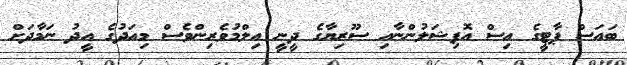
ބައަސް ޕާޓީގެ އިސް އޮފިޝަލުންނާއި ސޫރިޔާގެ ދީނީ އިލްމުވެރިންވެސް މިއަދުގެ އީދު ނަމާދަށް